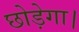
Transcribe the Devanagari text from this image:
छोड़ेगा।